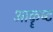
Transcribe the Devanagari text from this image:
आकॄष्‍ट